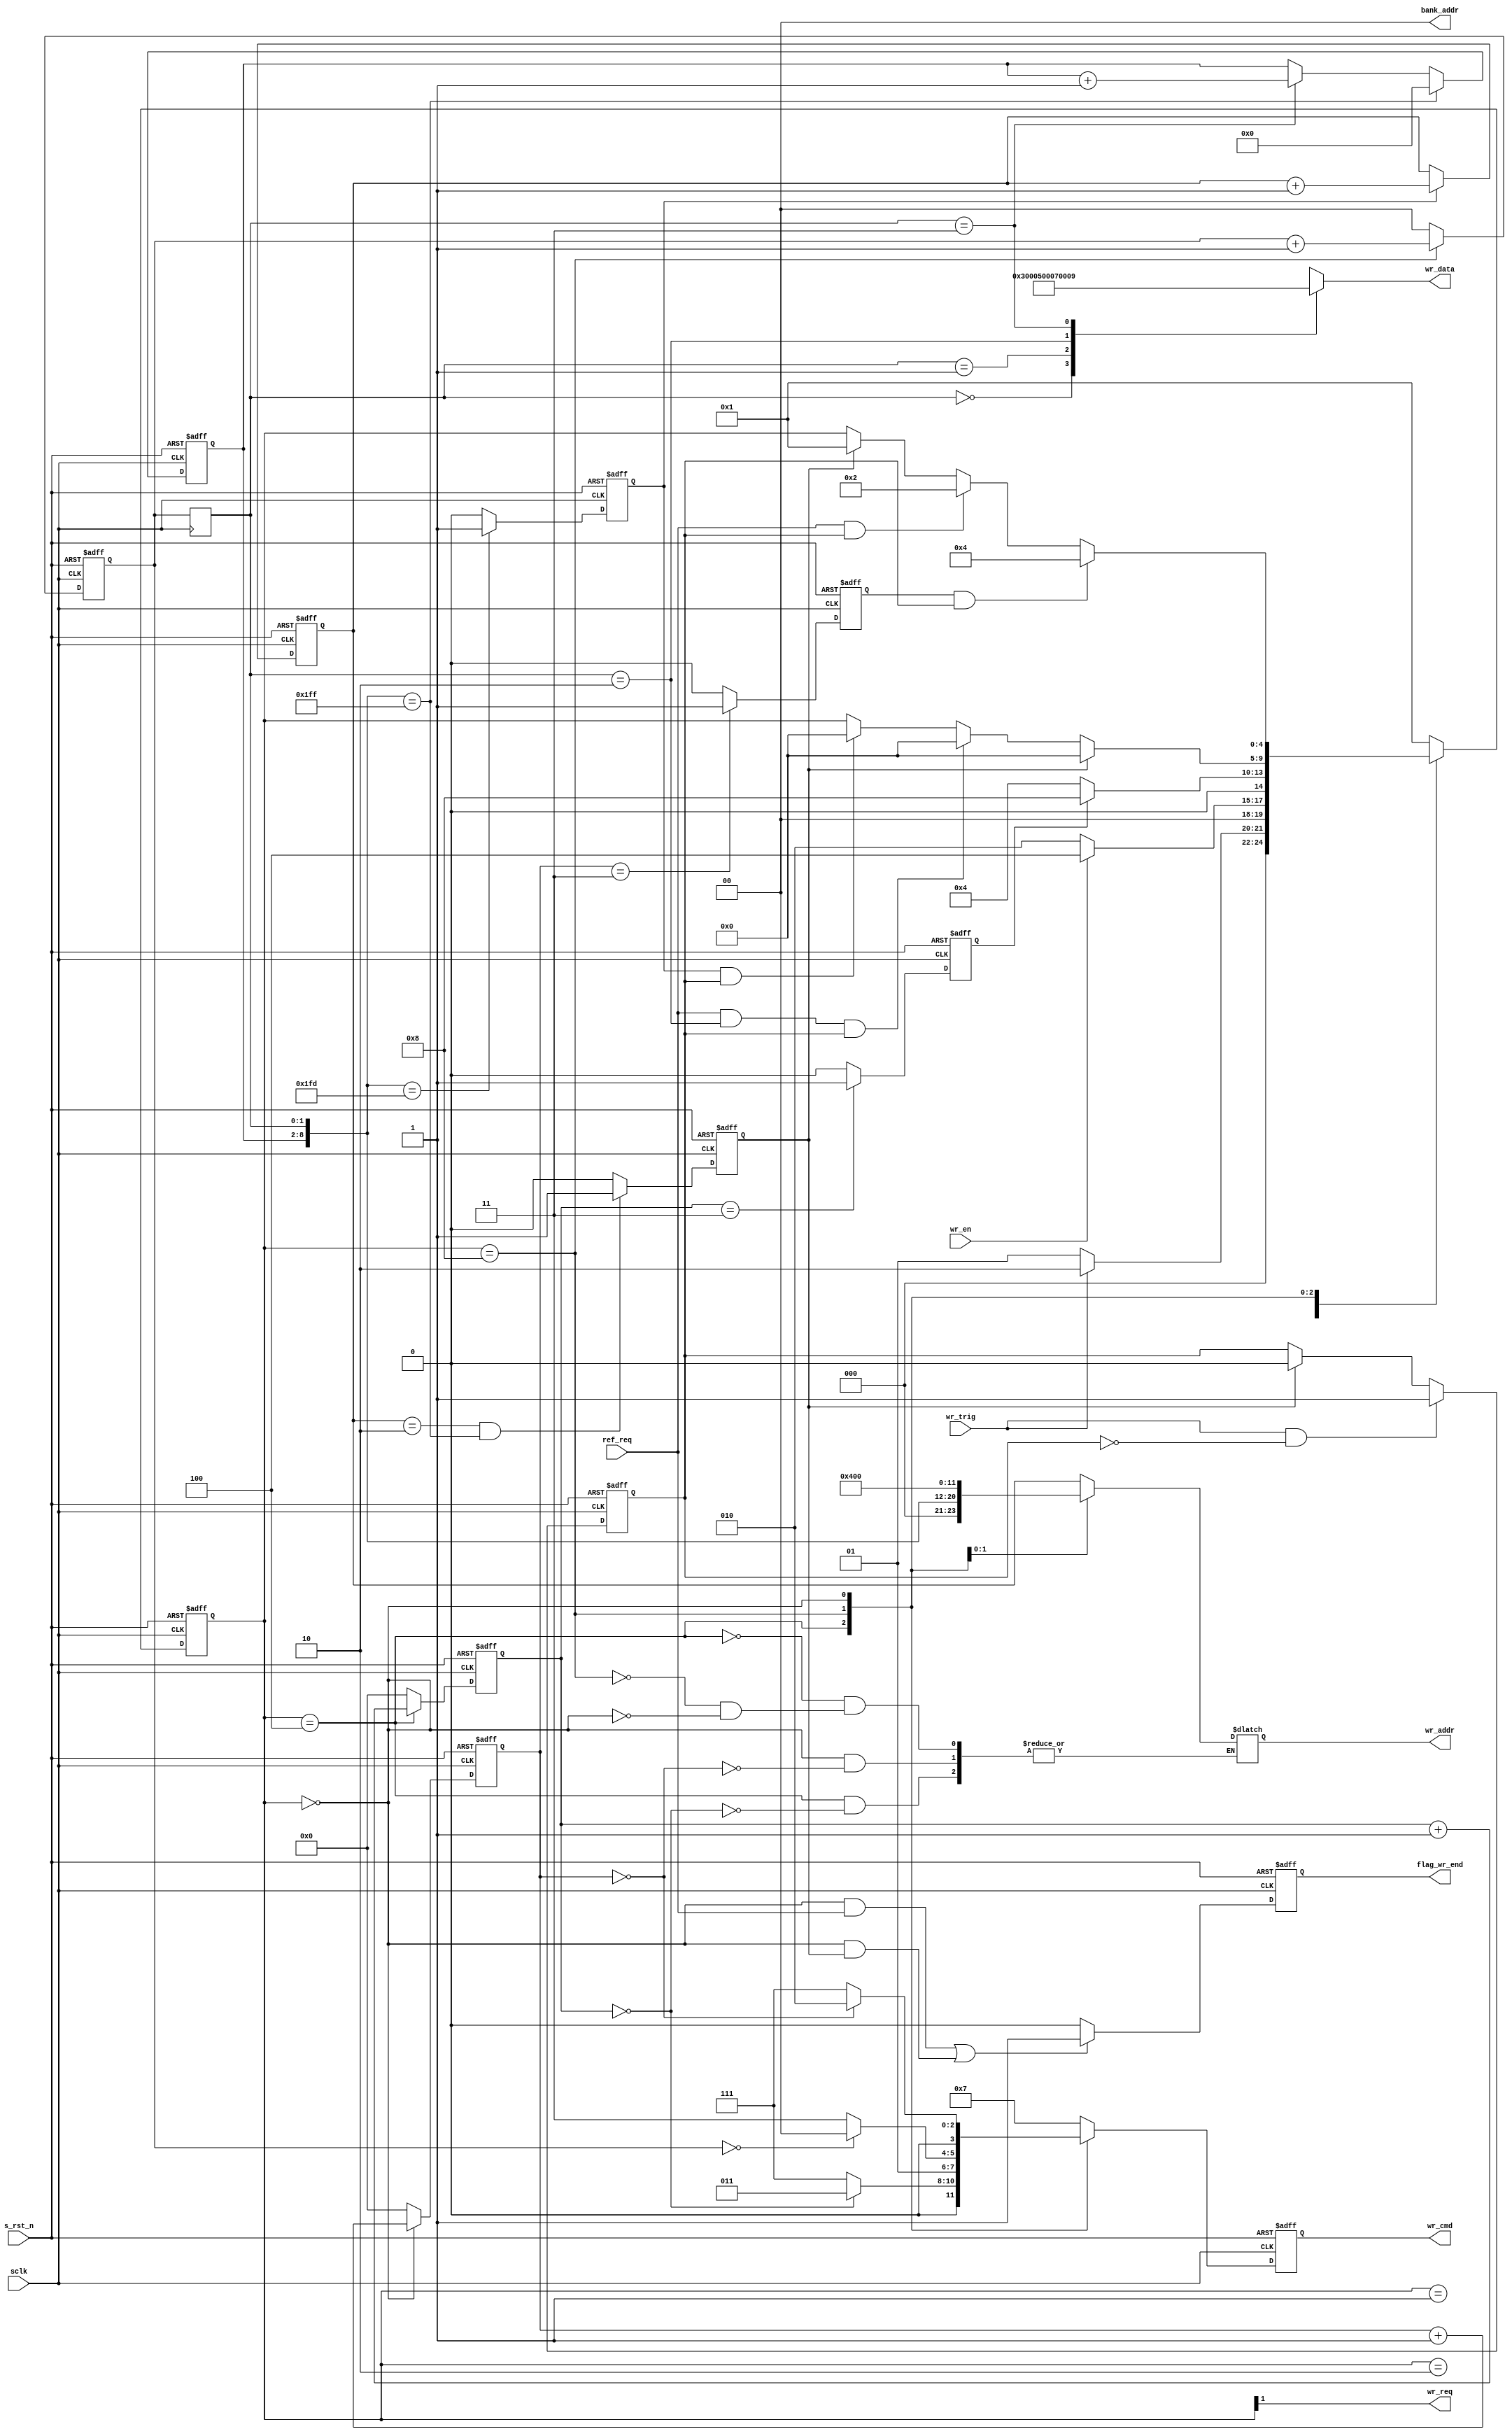
module sdran_write(
			// system signals
			input					sclk				,
			input					s_rst_n			,
			// communicate with TOP
			input					wr_en			,
			output	wire				wr_req			,
			output	reg				flag_wr_end		,
			// others
			input					ref_req			,
			input					wr_trig			,
			// write interfaces
			output	reg	[ 3:0]		wr_cmd			,
			output	reg	[11:0]		wr_addr			,
			output	wire	 [ 1:0]		bank_addr		,
			output	reg	[15:0]		wr_data
			
			
);

localparam			S_IDLE		=		5'b0_0001	;
localparam			S_REQ		=		5'b0_0010	;
localparam			S_ACT		=		5'b0_0100	;
localparam			S_WR		=		5'b0_1000	;
localparam			S_PRE		=		5'b0_0000	;


localparam		CMD_AREF		=		4'b0001	;
localparam		CMD_NOP		=		4'b0111	;
localparam		CMD_PRE			=		4'b0010	;
localparam		CMD_ACT		=		4'b0011	;
localparam		CMD_WR			=		4'b0100	;

reg							flag_wr		;
reg		[ 4:0]				state			;
//
reg							flag_act_end	;
reg							flag_pre_end	;
reg							sd_row_end	;
reg		[ 1:0]				burst_cnt		;
reg		[ 1:0]				burst_cnt_t	;
reg							wr_data_end	;
//
reg		[ 3:0]				act_cnt		;
reg		[ 3:0]				break_cnt		;
reg		[ 6:0]				col_cnt		;
//
reg		[11:0]				row_addr		;
wire		[ 8:0]				col_addr		;

// main code

always @(posedge sclk or negedge s_rst_n) begin // flag_wr
	if(s_rst_n == 1'b0)
		flag_wr	<=	1'b0;
	else if(wr_trig == 1'b1 && flag_wr == 1'b0)
		flag_wr	<=	1'b1;
	else if(wr_data_end == 1'b1)
		flag_wr	<=	1'b0;
end

always @(posedge sclk or negedge s_rst_n) begin // burst_cnt
	if(s_rst_n == 1'b0)
		burst_cnt	<=	'd0;
	else if(state == S_WR)
		burst_cnt		<=		burst_cnt + 1'b1;
	else
		burst_cnt		<=		'd0;
end

always @(posedge sclk) begin // burst_cnt_t
	burst_cnt_t	<=	 burst_cnt;
end

always @(posedge sclk or negedge s_rst_n) begin // wr_data_end
	if(s_rst_n == 1'b0)
		wr_data_end	<=	1'b0;
	else if(row_addr == 'd2 && col_addr == 'd511)
		wr_data_end	<=	1'b1;
	else
		wr_data_end	<=	1'b0;
end

always @(posedge sclk or negedge s_rst_n) begin // col_cnt
	if(s_rst_n == 1'b0)
		col_cnt	<=	1'b0;
	else if(col_addr == 'd511)
		col_cnt	<=	1'b0;
	else if(burst_cnt_t == 'd3)
		col_cnt	<=	col_cnt + 1'b1;
end	

always @(*) begin // wr_addr
	case(state)
		S_ACT:
				if(act_cnt == 'd0)
					wr_addr	<=	row_addr;
		S_WR:	wr_addr	<=	{3'b000,col_addr};
		S_PRE:	
				if(break_cnt == 'd0)
					wr_addr	<=	{12'b0100_0000_0000};
					
	endcase

end





always @(posedge sclk or negedge s_rst_n) begin
	if(s_rst_n == 1'b0)
		state		<=		S_IDLE;
	else case(state)
		S_IDLE:
				if(wr_trig == 1'b1)
					state		<=		S_REQ;
				else
					state		<=		S_IDLE;
		S_REQ:
				if(wr_en == 1'b1)
					state		<=		S_ACT;
				else
					state		<=		S_REQ;
		S_ACT:
				if(flag_act_end == 1'b1)
					state		<=		S_WR;
				else 
					state		<=		S_ACT;
		S_WR:
				if(wr_data_end == 1'b1)
					state		<=		S_PRE;
				else if(ref_req == 1'b1 && burst_cnt_t == 'd2 && flag_wr == 1'b1)
					state		<=		S_PRE;
				else if(sd_row_end == 1'b1 && flag_wr == 1'b1)
					state 	<=		S_PRE;
		S_PRE:
				if(flag_pre_end == 1'b1 && flag_wr == 1'b1)
					state		<=		S_ACT;
				else if(ref_req == 1'b1 && flag_wr == 1'b1)
					state		<=		S_REQ;
				else if(wr_data_end== 1'b1)
					state 	<=		S_IDLE;
		default:
				state		<=		S_IDLE;
		endcase
end

always @(posedge sclk or negedge s_rst_n) begin // flag_act_end
	if(s_rst_n == 1'b0)
		flag_act_end		<=		1'b0;
	else if(act_cnt == 'd3)
		flag_act_end		<=		1'b1;
	else
		flag_act_end		<=		1'b0;
end

always @(posedge sclk or negedge s_rst_n) begin // act_cnt
	if(s_rst_n == 1'b0)
		act_cnt		<=		1'b0;
	else if(state == S_ACT)
		act_cnt		<=		act_cnt + 1'b1;
	else
		act_cnt		<=		1'b0;
end

always @(posedge sclk or negedge s_rst_n) begin // break_cnt
	if(s_rst_n == 1'b0)
		break_cnt		<=		1'b0;
	else if(state == S_PRE)
		break_cnt		<=		break_cnt + 1'b1;
	else
		break_cnt		<=		1'b0;	
end		

always @(posedge sclk or negedge s_rst_n) begin // flag_pre_end
	if(s_rst_n == 1'b0)
		flag_pre_end		<=		1'b0;
	else if(break_cnt == 'd3)
		flag_pre_end		<=		1'b1;
	else
		flag_pre_end		<=		1'b0;
end

always @(posedge sclk or negedge s_rst_n) begin // sd_row_end
	if(s_rst_n == 1'b0)
		sd_row_end		<=		1'b0;
	else if(col_addr == 'd509)
		sd_row_end		<=		1'b1;
	else
		sd_row_end		<=		1'b0;
end


always @(posedge sclk or negedge s_rst_n) begin // flag_wr_end
	if(s_rst_n == 1'b0)
		flag_wr_end		<=		1'b0;
	else if((state == S_PRE && ref_req == 1'b1) || // refresh
		state == S_PRE && wr_data_end == 1'b1)		
		flag_wr_end		<=		1'b1;
	else
		flag_wr_end		<=		1'b0;
end


always @(posedge sclk or negedge s_rst_n) begin // row_addr
	if(s_rst_n == 1'b0)
		row_addr		<=		1'b0;
	else if(sd_row_end == 1'b1)
		row_addr		<=	row_addr + 1'b1;
end

always @(posedge sclk or negedge s_rst_n) begin // wr_cmd
	if(s_rst_n == 1'b0)
		wr_cmd		<=		CMD_NOP;
	else case(state)
		S_ACT:
				if(act_cnt == 'd0)
					wr_cmd		<=		CMD_ACT;
				else
					wr_cmd		<=		CMD_NOP;
		S_WR:
				if(burst_cnt == 'd0)
					wr_cmd		<=		CMD_WR;
				else
					wr_cmd		<=		CMD_NOP;
		S_PRE:
				if(break_cnt == 'd0)
					wr_cmd		<=		CMD_PRE;
				else
					wr_cmd		<=		CMD_NOP;
		default:
				wr_cmd		<=		CMD_NOP;
	endcase
end



always @(*) begin
	case(burst_cnt_t)
		0:		wr_data	<=		'd3;
		1:		wr_data	<=		'd5;
		2:		wr_data	<=		'd7;
		3:		wr_data	<=		'd9;
	endcase
end


assign bank_addr		=		2'b00;
assign col_addr		=		{col_cnt, burst_cnt_t};
assign wr_req			=		state[1];


endmodule